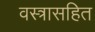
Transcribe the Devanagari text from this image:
वस्त्रासहित